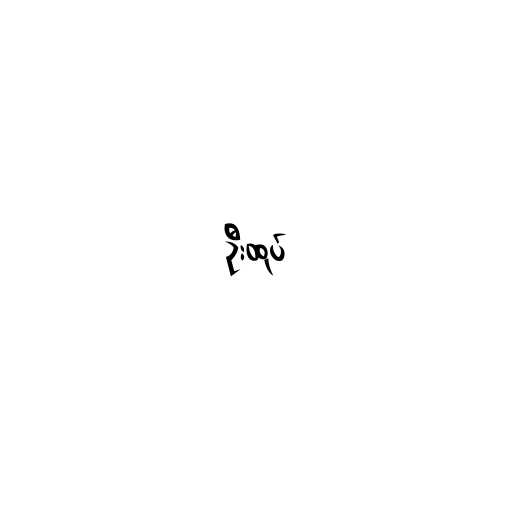
ဦးထုပ်